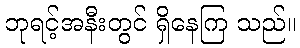
ဘုရင့်အနီးတွင် ရှိနေကြ သည်။